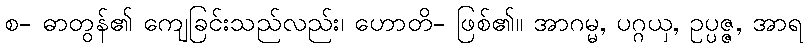
စ- ဓာတွန်၏ ကျေခြင်းသည်လည်း၊ ဟောတိ- ဖြစ်၏။ အာဂမ္မ, ပဂ္ဂယှ, ဥပ္ပဇ္ဇ, အာရ